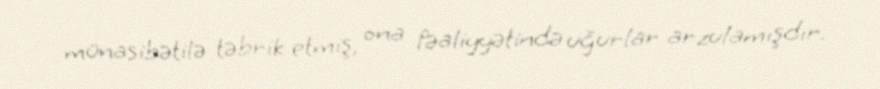
münasibətilə təbrik etmiş, ona fəaliyyətində uğurlar arzulamışdır.